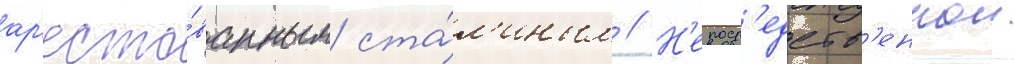
ар'есто́ванным ста́л'иным // Н'епоср'едств'еннои